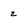
Character: 2